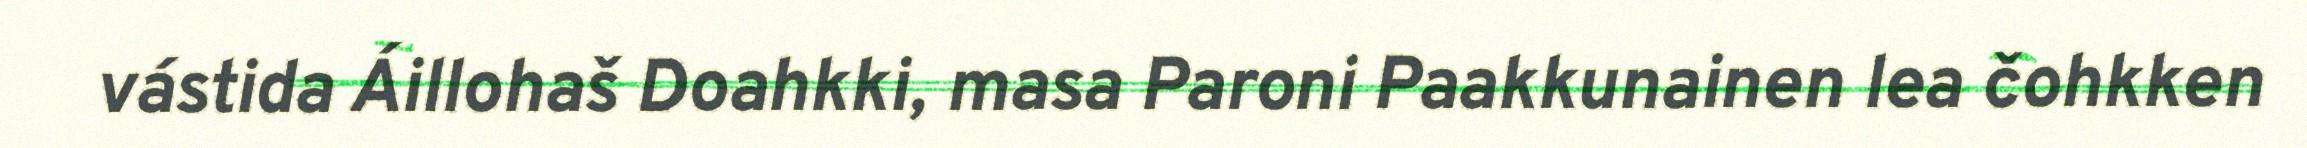
vástida Áillohaš Doahkki, masa Paroni Paakkunainen lea čohkken